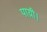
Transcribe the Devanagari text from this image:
पाय़ी।